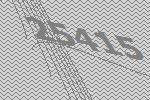
25415